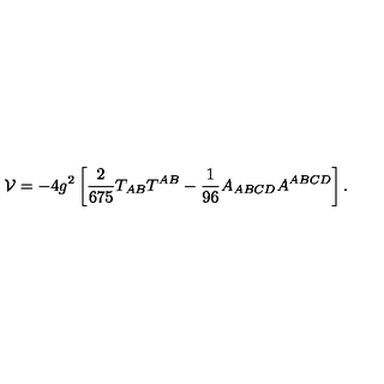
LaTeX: \mathcal { V } = - 4 g ^ { 2 } \left[ { \frac { 2 } { 6 7 5 } } T _ { A B } T ^ { A B } - { \frac { 1 } { 9 6 } } A _ { A B C D } A ^ { A B C D } \right] .